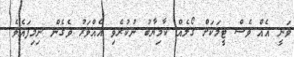
ވަނީ އެއް ވެސް ޓީމަކަށް ގޯލެއް ކާމިޔާބު ނުކުރެވި އެއްވަރު ވެގެން ނިމިފައެވެ.